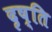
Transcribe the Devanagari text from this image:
दृष्ति